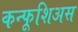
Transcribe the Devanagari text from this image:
कन्फूशिअस